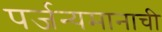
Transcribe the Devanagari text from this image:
पर्जन्यमानाची